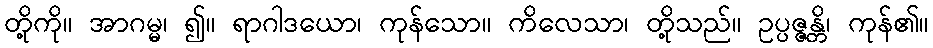
တို့ကို။ အာဂမ္မ၊ ၍။ ရာဂါဒယော၊ ကုန်သော။ ကိလေသာ၊ တို့သည်။ ဥပ္ပဇ္ဇန္တိ၊ ကုန်၏။